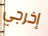
إخرجي